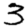
Digit: 3